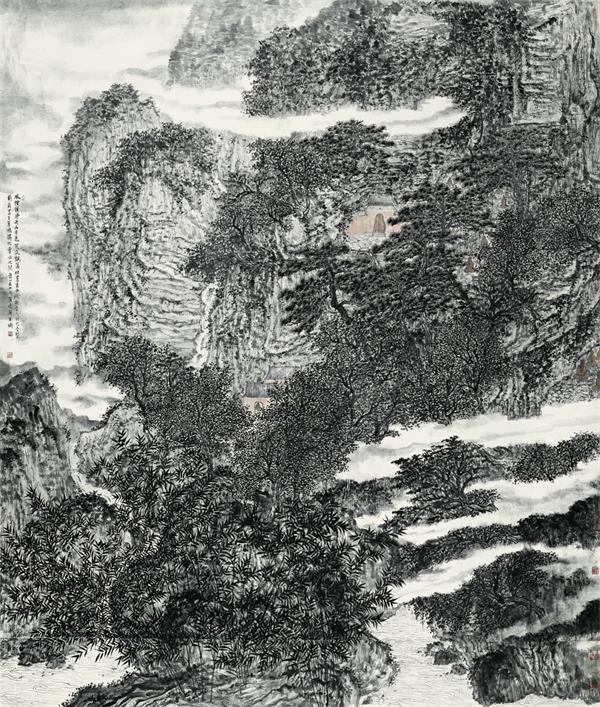
风烟俱净，天山共色。